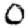
Digit: 0